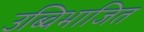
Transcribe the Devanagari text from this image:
उब्विभाजित